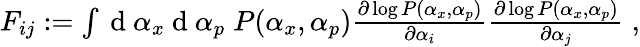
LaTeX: \begin{array}{r}{F_{ij}:=\int\mathrm{~d~}\alpha_{x}\mathrm{~d~}\alpha_{p}\; P(\alpha_{x},\alpha_{p})\frac{\partial\log P(\alpha_{x},\alpha_{p})}{\partial\alpha_{i}}\frac{\partial\log P(\alpha_{x},\alpha_{p})}{\partial\alpha_{j}}\; ,}\end{array}